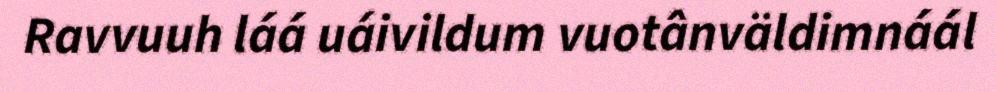
Ravvuuh láá uáivildum vuotânväldimnáál